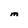
Character: M